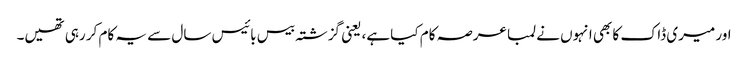
اور میری ڈاک کا بھی انہوں نے لمبا عرصہ کام کیا ہے، یعنی گزشتہ بیس بائیس سال سے یہ کام کر رہی تھیں۔